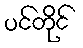
ပင်တိုင်